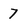
Character: 7